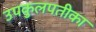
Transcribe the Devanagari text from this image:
उपकुलपतीका